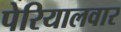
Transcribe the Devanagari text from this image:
पेरियालवार